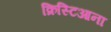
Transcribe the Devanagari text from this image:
क्रिस्टिआना